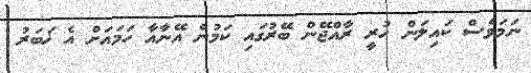
ނަމަވެސް ކައިލަން ހުރީ ރާއްޖޭން ބޭރުގައި ކަމުން އޭނާއާ ހަމައަށް އެ ޚަބަރު